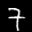
Label: 7